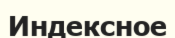
Индексное